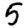
Digit: 5